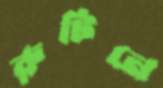
রুটিনে